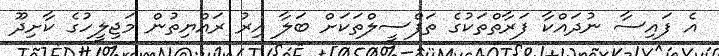
އެ ފައިސާ ނުދައްކާ ފަރާތްތަކުގެ ތަފްސީލްތަކަށް ބަލާ އިރު ރައްޔިތުން މަޖިލީހުގެ ކާށިދޫ